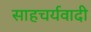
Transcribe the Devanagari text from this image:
साहचर्यवादी